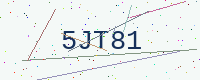
Text: 5JT81